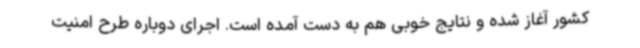
کشور آغاز شده و نتایج خوبی هم به دست آمده است. اجرای دوباره طرح امنیت